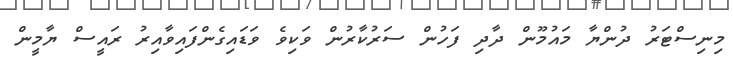
މިނިސްޓަރު ދުންޔާ މައުމޫން ދާދި ފަހުން ސަރުކާރުން ވަކިވެ ވަޑައިގެންފައިވާއިރު ރައީސް ޔާމީން